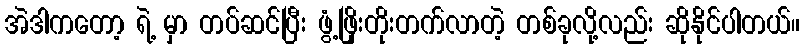
အဲဒါကတော့ ရဲ့ မှာ တပ်ဆင်ပြီး ဖွံ့ဖြိုးတိုးတက်လာတဲ့ တစ်ခုလို့လည်း ဆိုနိုင်ပါတယ်။